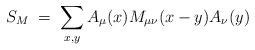
LaTeX: \begin{align*}S_{M}\;=\; \sum_{x,y} A_\mu (x) M_{\mu\nu}(x-y) A_\nu (y)\end{align*}